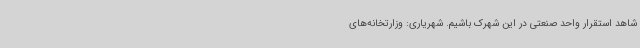
شاهد استقرار واحد صنعتی در این شهرک باشیم. شهریاری: وزارتخانه‌های